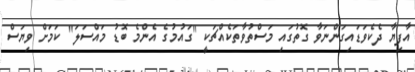
އާފިޔާ ދެކެވަޑައިގަންނަވާ ގޮތުގައި މަސްތުވާތަކެއްޗަކީ "ގައުމުގެ އެންމެ ބޮޑު މައްސަލަ" ކަމަށް ވިޔަސް